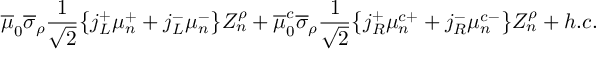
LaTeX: \overline { { { \mu } } } _ { 0 } \overline { { { \sigma } } } _ { \rho } \frac { 1 } { \sqrt { 2 } } \big \{ j _ { L } ^ { + } \mu _ { n } ^ { + } + j _ { L } ^ { - } \mu _ { n } ^ { - } \big \} Z _ { n } ^ { \rho } + \overline { { { \mu } } } _ { 0 } ^ { c } \overline { { { \sigma } } } _ { \rho } \frac { 1 } { \sqrt { 2 } } \big \{ j _ { R } ^ { + } \mu _ { n } ^ { c + } + j _ { R } ^ { - } \mu _ { n } ^ { c - } \big \} Z _ { n } ^ { \rho } + h . c .